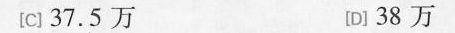
[C] 37.5万 [D] 38万